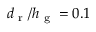
d _ { \textrm { r } } / h _ { \textrm { g } } = 0 . 1